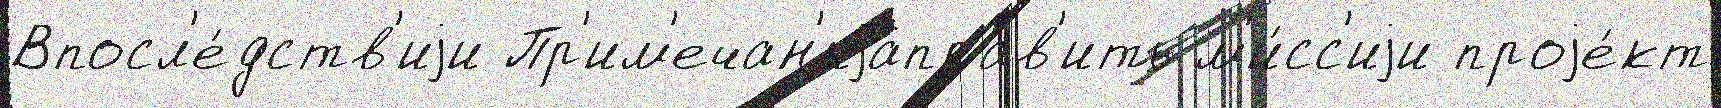
Впосл'е́дств'иjи Пр'им'ечан'иjаправ'ить м'и́сс'иjи проjе́кт